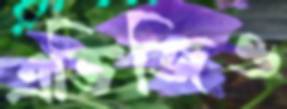
এভিজিও